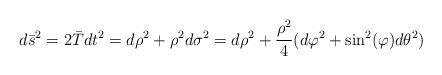
LaTeX: \begin{align*}d\bar{s}^{2}=2\bar{T}dt^{2}=d\rho^{2}+\rho^{2}d\sigma^{2}=d\rho^{2}+\frac{\rho^{2}}{4}(d\varphi^{2}+\sin^{2}(\varphi)d\theta^{2}) \end{align*}